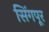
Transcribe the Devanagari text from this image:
सिंगपूर